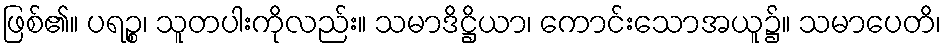
ဖြစ်၏။ ပရဉ္စ၊ သူတပါးကိုလည်း။ သမာဒိဋ္ဌိယာ၊ ကောင်းသောအယူ၌။ သမာပေတိ၊